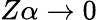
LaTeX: Z\alpha\rightarrow 0